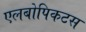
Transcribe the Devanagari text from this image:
एलबोपिकटस